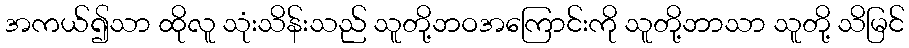
အကယ်၍သာ ထိုလူ သုံးသိန်းသည် သူတို့ဘဝအကြောင်းကို သူတို့ဘာသာ သူတို့ သိမြင်